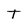
Character: T